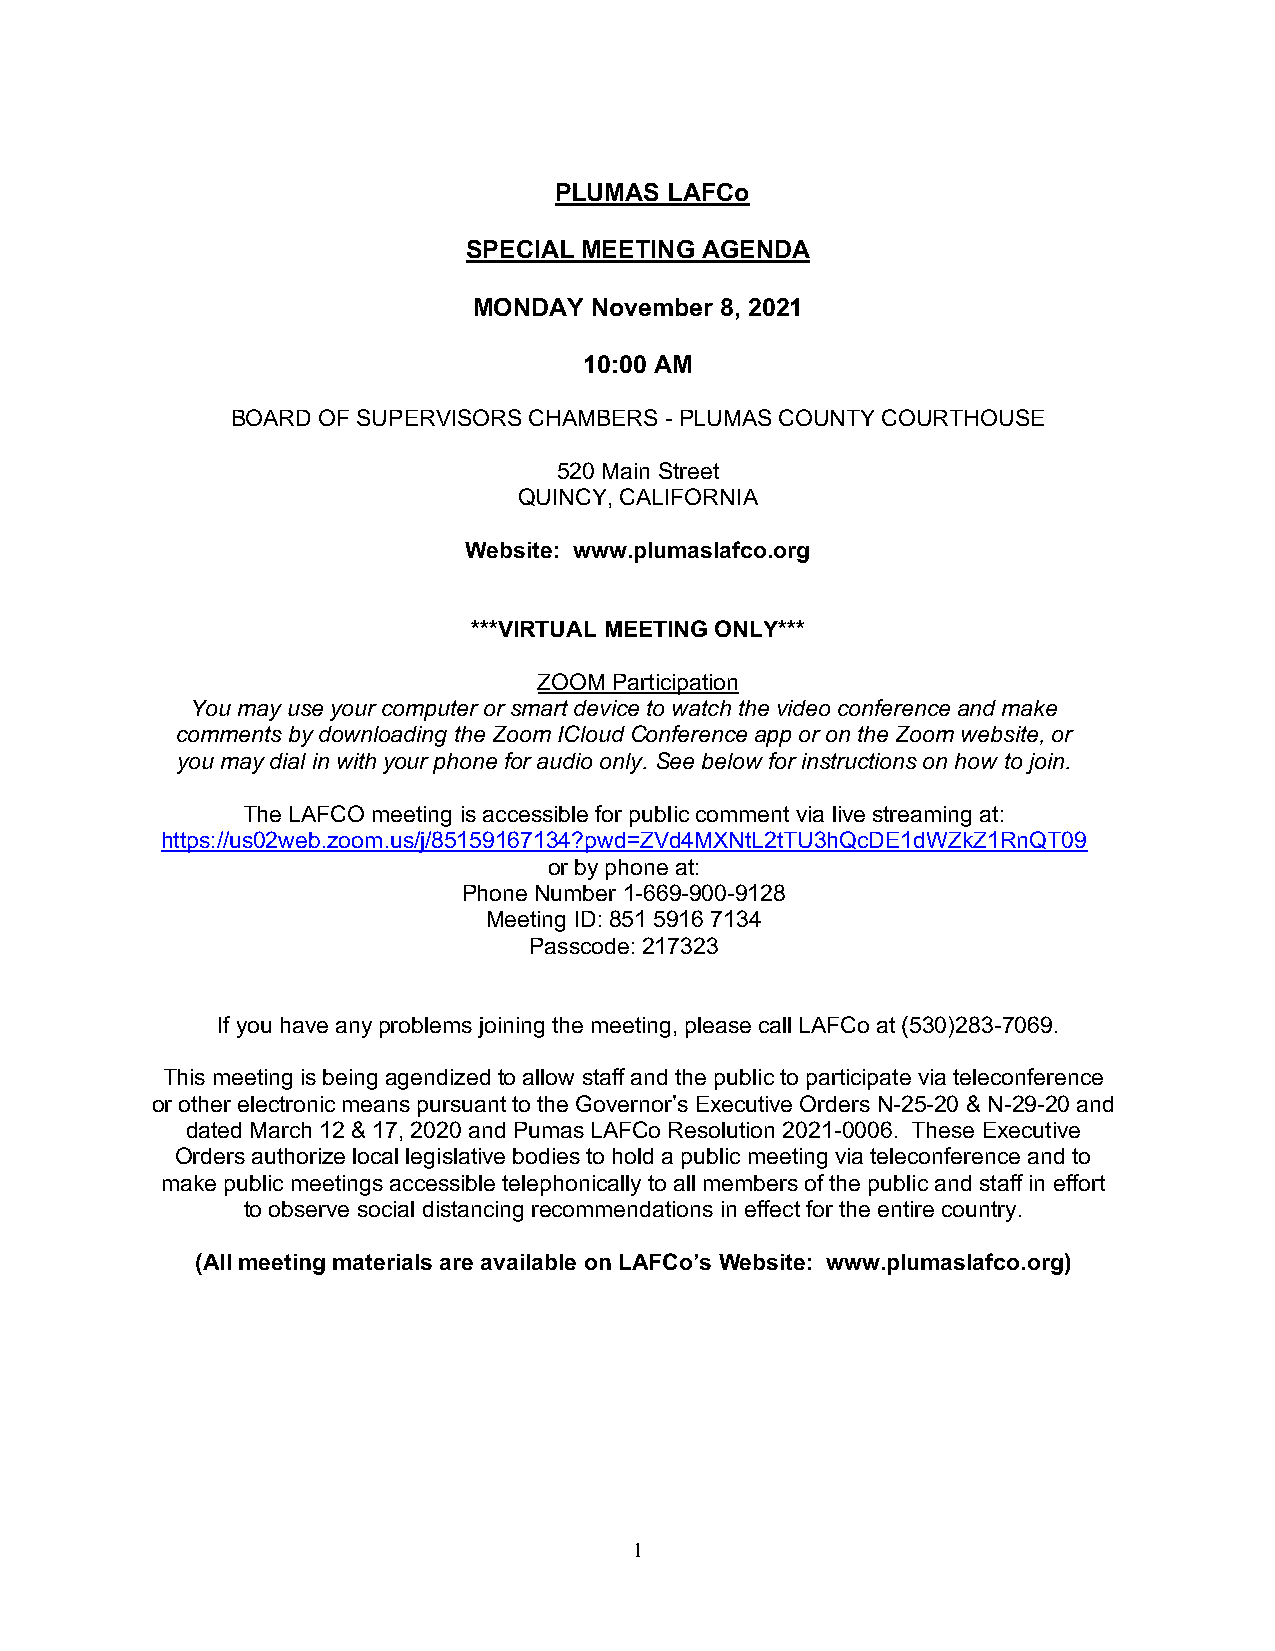
PLUMAS LAFCo
 SPECIAL MEETING AGENDA
 MONDAY  November 8, 2021
 10:00 AM
 BOARD OF SUPERVISORS CHAMBERS - PLUMAS COUNTY COURTHOUSE
 520 Main Street
 QUINCY, CALIFORNIA
 Website: www.plumaslafco.org
 ***VIRTUAL MEETING ONLY***
 ZOOM Participation
 You may use your computer or smart device to watch the video conference and make
 comments by downloading the Zoom ICloud Conference app or on the Zoom website, or
 you may dial in with your phone for audio only. See below for instructions on how to join.
 The LAFCO meeting is accessible for public comment via live streaming at:
 https://us02web.zoom.us/j/85159167134?pwd=ZVd4MXNtL2tTU3hQcDE1dWZkZ1RnQT09
 or by phone at:
 Phone Number 1-669-900-9128
 Meeting ID: 851 5916 7134
 Passcode: 217323
 If you have any problems joining the meeting, please call LAFCo at (530)283-7069.
 This meeting is being agendized to allow staff and the public to participate via teleconference
 or other electronic means pursuant to the Governor’s Executive Orders N-25-20 & N-29-20 and
 dated March 12 & 17, 2020 and Pumas LAFCo Resolution 2021-0006. These Executive
 Orders authorize local legislative bodies to hold a public meeting via teleconference and to
 make public meetings accessible telephonically to all members of the public and staff in effort
 to observe social distancing recommendations in effect for the entire country.
 (All meeting materials are available on LAFCo’s Website: www.plumaslafco.org)
 1